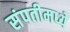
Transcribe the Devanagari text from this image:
संपतीमध्ये